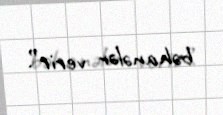
bəhanələr verir”.